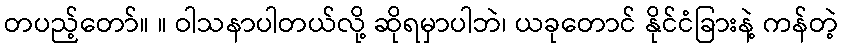
တပည့်တော်။ ။ ဝါသနာပါတယ်လို့ ဆိုရမှာပါဘဲ၊ ယခုတောင် နိုင်ငံခြားနဲ့ ကန်တဲ့